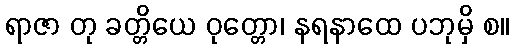
ရာဇာ တု ခတ္တိယေ ဝုတ္တော၊ နရနာထေ ပဘုမှိ စ။